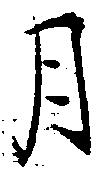
月